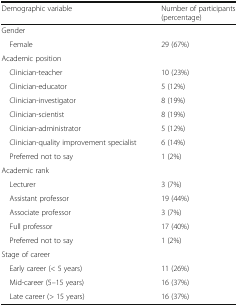
<table><thead><tr><td><b>Demographic variable</b></td><td><b>Number of participants (percentage)</b></td></tr></thead><tbody><tr><td colspan="2">Gender</td></tr><tr><td> Female</td><td>29 (67%)</td></tr><tr><td colspan="2">Academic position</td></tr><tr><td> Clinician-teacher</td><td>10 (23%)</td></tr><tr><td> Clinician-educator</td><td>5 (12%)</td></tr><tr><td> Clinician-investigator</td><td>8 (19%)</td></tr><tr><td> Clinician-scientist</td><td>8 (19%)</td></tr><tr><td> Clinician-administrator</td><td>5 (12%)</td></tr><tr><td> Clinician-quality improvement specialist</td><td>6 (14%)</td></tr><tr><td> Preferred not to say</td><td>1 (2%)</td></tr><tr><td colspan="2">Academic rank</td></tr><tr><td> Lecturer</td><td>3 (7%)</td></tr><tr><td> Assistant professor</td><td>19 (44%)</td></tr><tr><td> Associate professor</td><td>3 (7%)</td></tr><tr><td> Full professor</td><td>17 (40%)</td></tr><tr><td> Preferred not to say</td><td>1 (2%)</td></tr><tr><td colspan="2">Stage of career</td></tr><tr><td> Early career (&lt; 5 years)</td><td>11 (26%)</td></tr><tr><td> Mid-career (5–15 years)</td><td>16 (37%)</td></tr><tr><td> Late career (&gt; 15 years)</td><td>16 (37%)</td></tr></tbody></table>